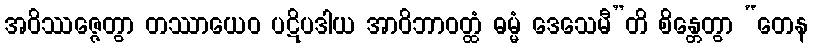
အဝိဿဇ္ဇေတွာ တဿာယေဝ ပဋိပဒါယ အာဝိဘာဝတ္ထံ ဓမ္မံ ဒေသေမီ”တိ စိန္တေတွာ “တေန